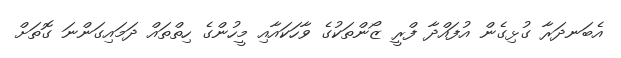
އެބަނދަރާ ގުޅިގެން އުފައްދާ ފްރީ ޒޯންތަކުގެ ވާހަކައާއި މީހުންގެ ހިތްތައް ދަމައިގަންނަ ގޮތަށް